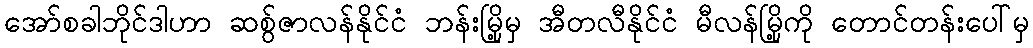
အော်စခါဘိုင်ဒါဟာ ဆစွ်ဇာလန်နိုင်ငံ ဘန်းမြို့မှ အီတလီနိုင်ငံ မီလန်မြို့ကို တောင်တန်းပေါ်မှ